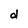
Character: d